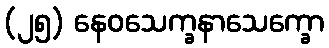
(၂၅) နေဝသေက္ခနာသေက္ခော